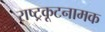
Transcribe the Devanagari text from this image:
राष्ट्रकूटनामक